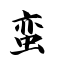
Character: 蛮